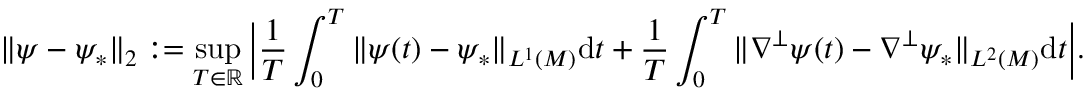
\| \psi - \psi _ { * } \| _ { 2 } : = \operatorname* { s u p } _ { T \in \mathbb { R } } \Big | \frac { 1 } { T } \int _ { 0 } ^ { T } \| \psi ( t ) - \psi _ { * } \| _ { L ^ { 1 } ( M ) } \mathrm { d } t + \frac { 1 } { T } \int _ { 0 } ^ { T } \| \nabla ^ { \perp } \psi ( t ) - \nabla ^ { \perp } \psi _ { * } \| _ { L ^ { 2 } ( M ) } \mathrm { d } t \Big | .